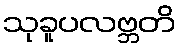
သုခူပလဗ္ဘတိ